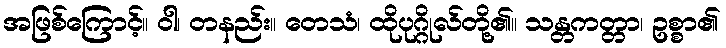
အဖြစ်ကြောင့်။ ဝါ၊ တနည်း။ တေသံ၊ ထိုပုဂ္ဂိုလ်တို့၏။ သန္တကတ္တာ၊ ဥစ္စာ၏